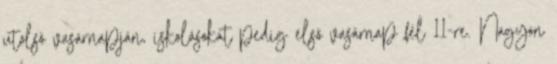
utolsó vasárnapján, iskolásokat pedig első vasárnap fél 11-re. Nagyon